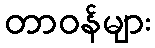
တာဝန်များ